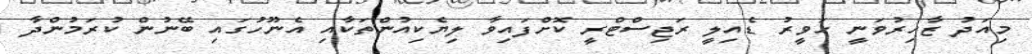
މިއަދު ޒާހިރުވަނީ ހަވީރު ޑެއިލީ ރަޖިސްޓްރީ ކޮށްފައިވާ ލިޔެކިއުންތަކާއި އެނޫހުގައި ބޭނުން ކުރަމުންދާ